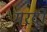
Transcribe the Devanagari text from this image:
मरदों